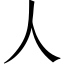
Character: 人